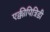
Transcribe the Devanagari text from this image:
एक्कीपित्रिडी